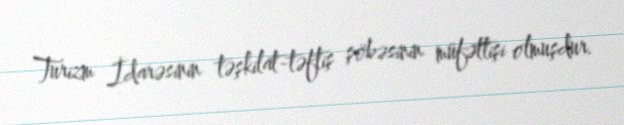
Turizm İdarəsinin təşkilat-təftiş şöbəsinin müfəttişi olmuşdur.